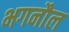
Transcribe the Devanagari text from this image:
भगनौल